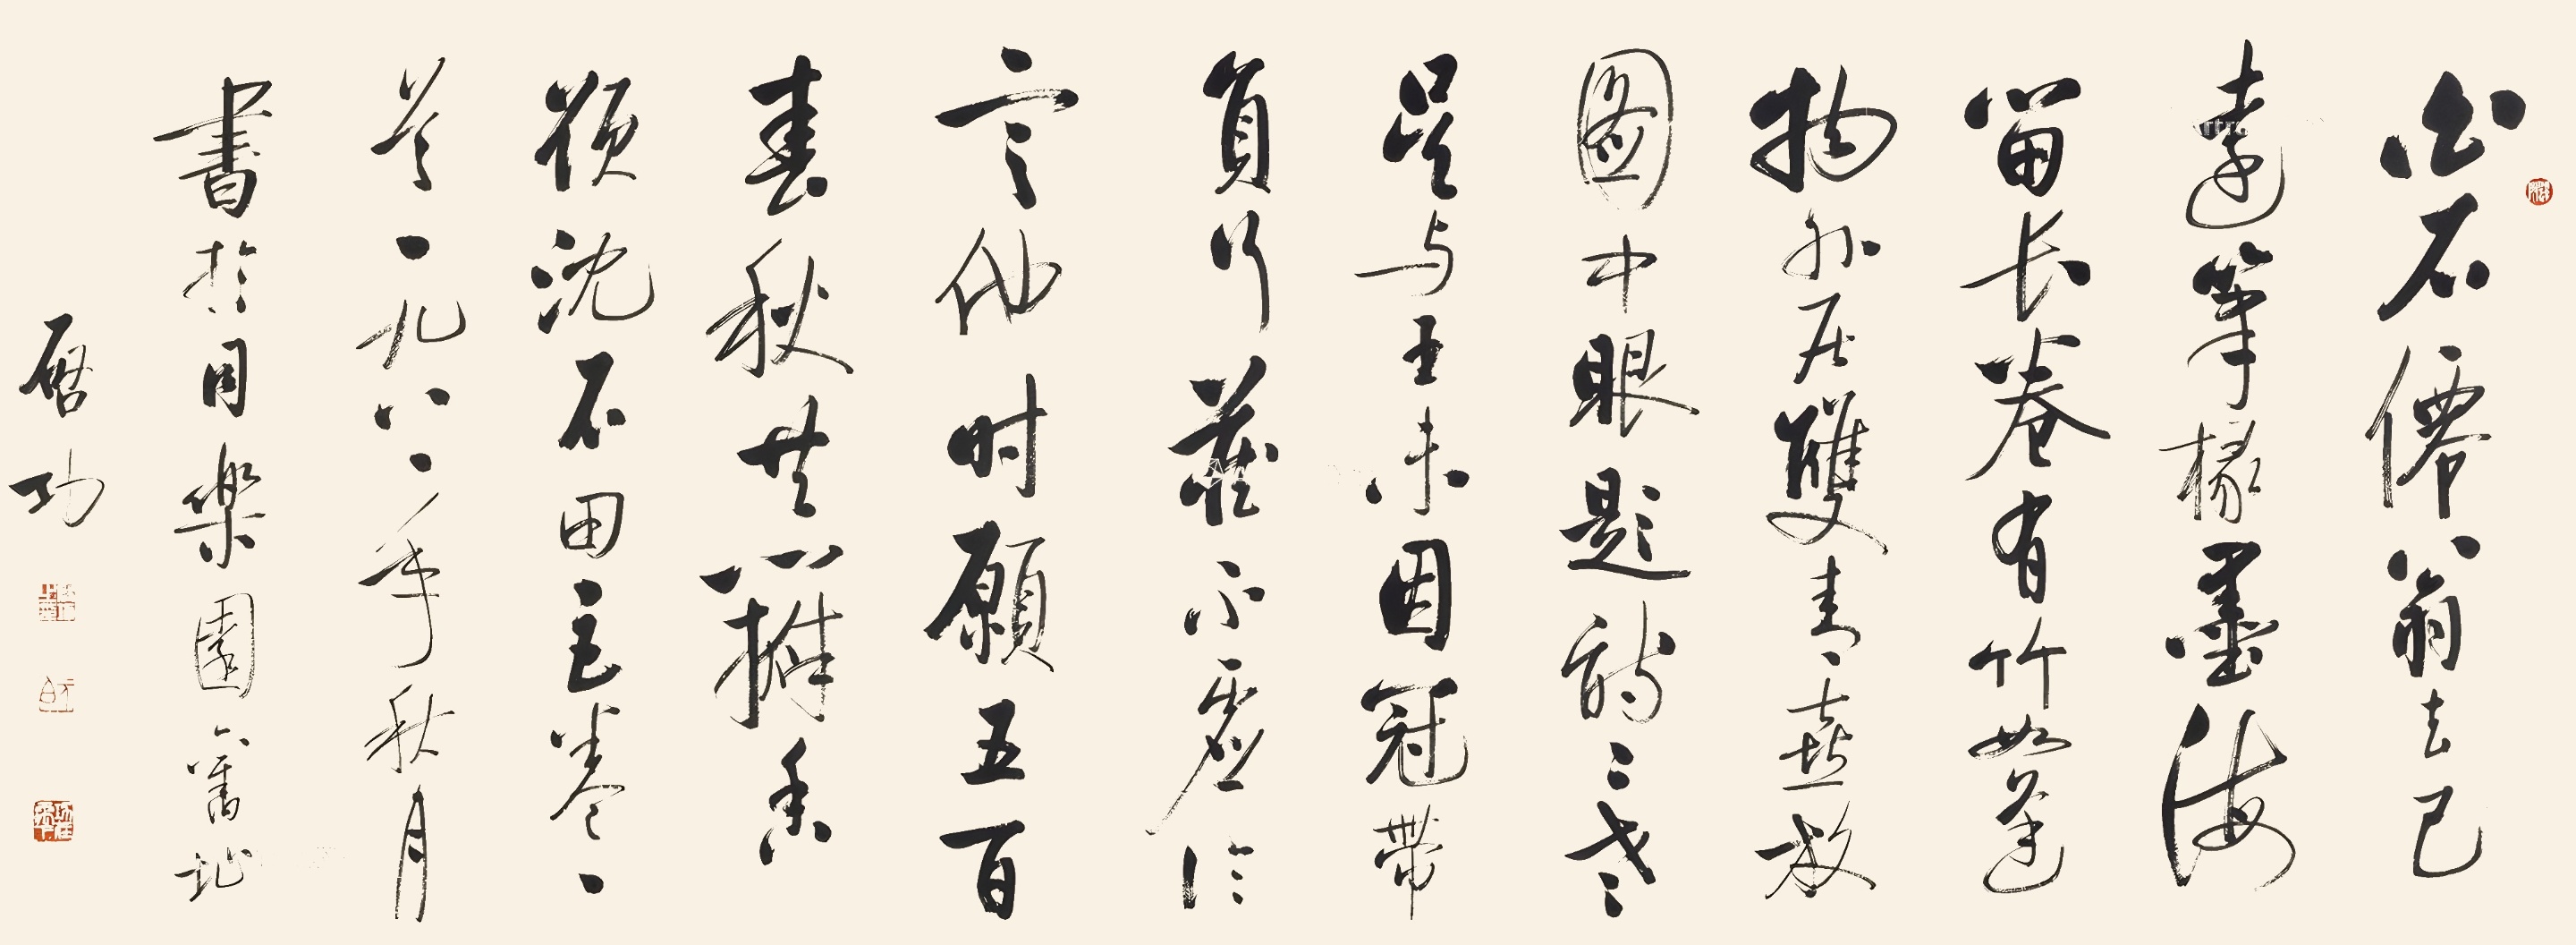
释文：白石仙翁去已远，笔椽墨海留长卷。有竹如逢物外居，双青喜放图中眼。题诗二老吴与王，未因冠带负行藏。不虚论定他时愿，五百春秋共瓣香。题沈石田巨卷，一九八一年秋月书于同乐园旧址，启功。